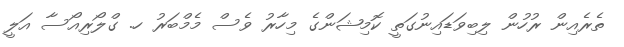
ތެރެއިން ރުހުން ލިބިވަޑައިނުގަތީ ކޮމިޝަންގެ މިހާރު ވެސް މެމްބަރު ހ. ގްލޯރިއޯސާ އަލީ